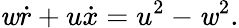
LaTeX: \mathit{w}\dot{{r}}+u\dot{{x}}=u^{2}-\mathit{w}^{2}.